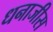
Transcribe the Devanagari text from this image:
धनाजीस